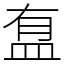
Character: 䀁